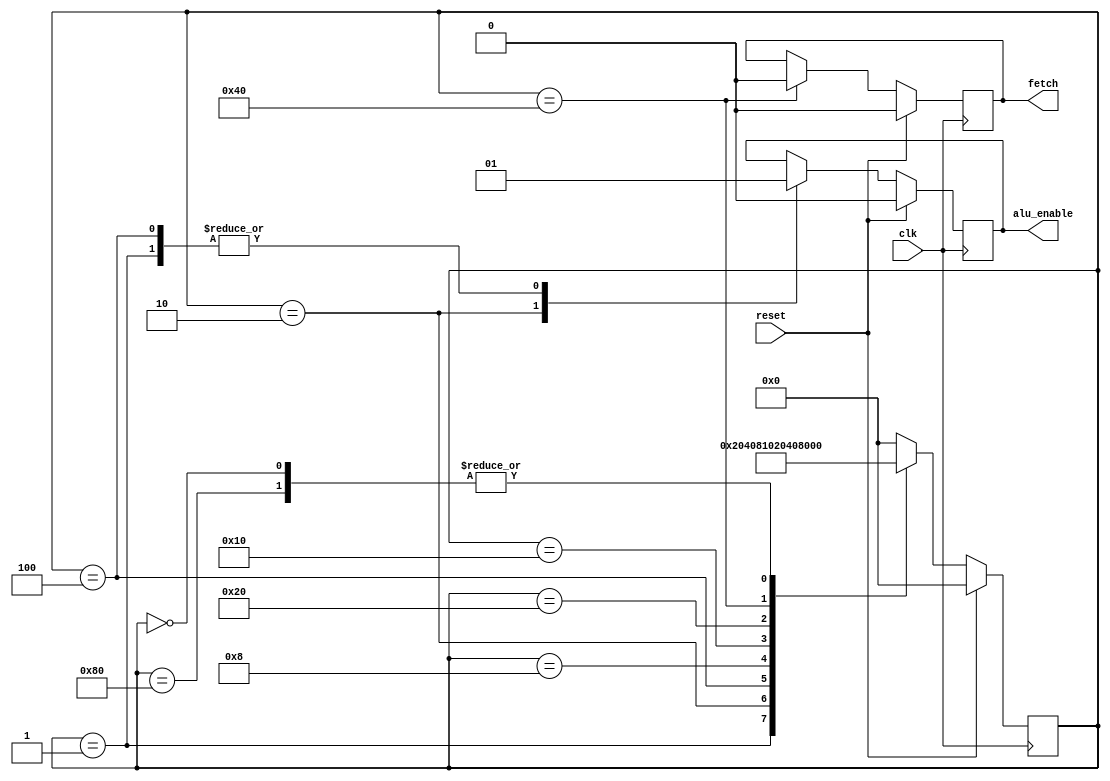
`timescale 1ns / 1ns

module CPU_Clk_Gen(clk,reset,fetch,alu_enable);
input clk,reset;
output fetch,alu_enable;
wire clk,reset;
reg fetch,alu_enable;
reg[7:0] state;
parameter
	S1 = 8'b00000001,
	S2 = 8'b00000010,
	S3 = 8'b00000100,
	S4 = 8'b00001000,
	S5 = 8'b00010000,
	S6 = 8'b00100000,
	S7 = 8'b01000000,
	S8 = 8'b10000000,
	S0 = 8'b00000000;
always @(posedge clk)
	if(reset)
		begin
			fetch <= 0;
			alu_enable<=0;
			state<=S0;
		end
	else
		begin
			case(state)
				S1:
					begin
						alu_enable<=1;
						state<=S2;
					end
				S2:
					begin
						alu_enable<=0;
						state<=S3;
					end
				S3:
					begin
						alu_enable<=1;
						state<=S4;
					end
				S4:
					begin
						state<=S5;
					end
				S5:
					begin
						state<=S6;
					end
				S6:
					begin
						state<=S7;
					end
				S7:
					begin
						fetch<=0;
						state<=S8;
					end
				S8:
					begin
						state<=S1;
					end
				S0:	
					begin
						state<=S1;
					end
				default:		state<=S0;
			endcase
		end

endmodule